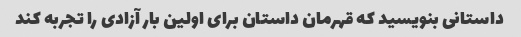
داستانی بنویسید که قهرمان داستان برای اولین بار آزادی را تجربه کند